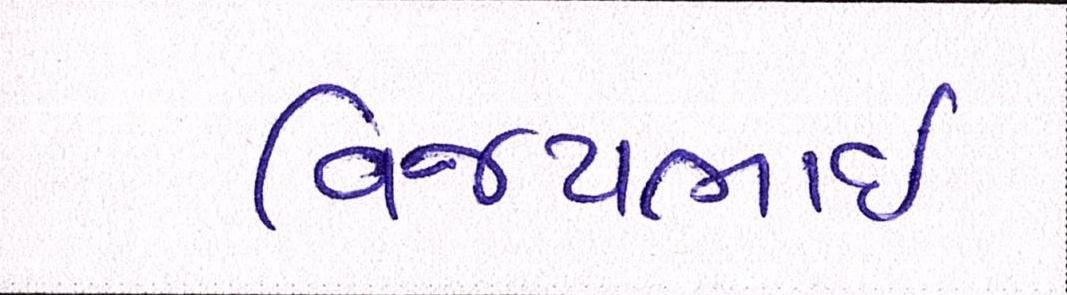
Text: વિજયભાઈ